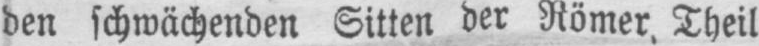
den schwächenden Sitten der Römer Theil